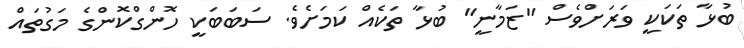
ބުޅާ ތަކަކީ ވަރަށްވެސް "ޒަމާނީ" ބުޅާ ތަކެއް ކަމަށެވެ. ސަބަބަކީ ހޮންގްކޮންގެ މަގުތައް